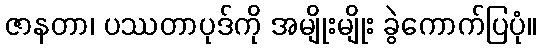
ဇာနတာ၊ ပဿတာပုဒ်ကို အမျိုးမျိုး ခွဲကောက်ပြပုံ။